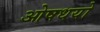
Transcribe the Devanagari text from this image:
ओषधयो